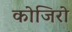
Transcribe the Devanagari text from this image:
कोजिरो